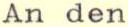
An den